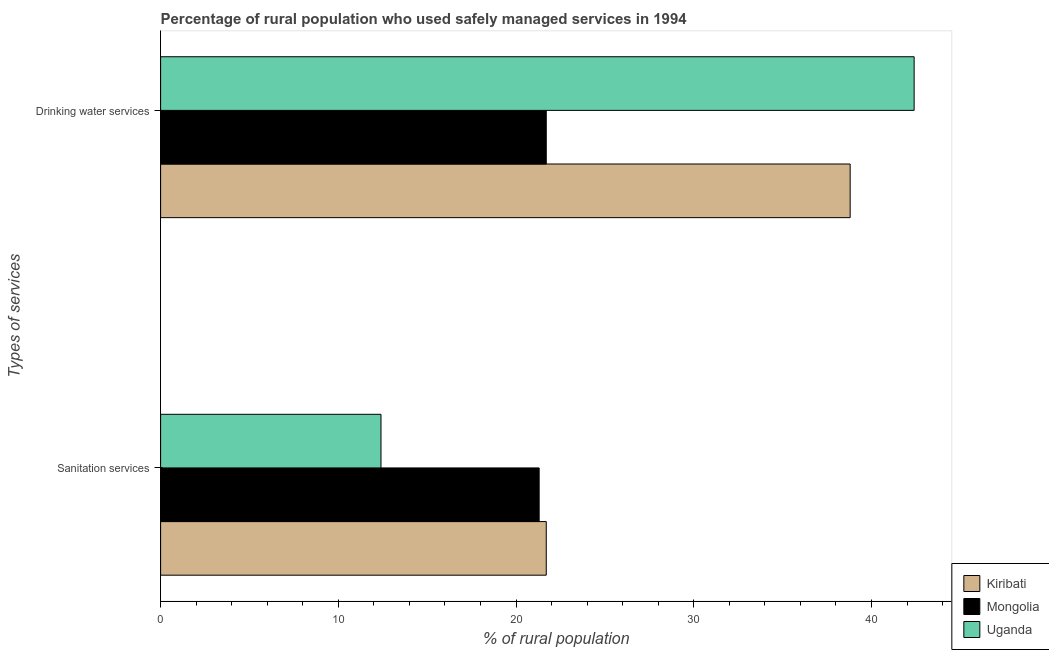
| Types of services | Kiribati | Mongolia | Uganda |
 | --- | --- | --- | --- |
 | Sanitation services | 21.7 | 21.3 | 12.4 |
 | Drinking water services | 38.8 | 21.7 | 42.4 |